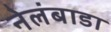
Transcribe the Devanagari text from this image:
नेलंबाडा